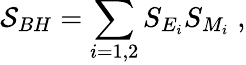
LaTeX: {\cal S}_{BH}=\sum_{i=1,2}S_{E_{i}}S_{M_{i}}\; ,